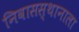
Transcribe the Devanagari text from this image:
निवासस्थानाला